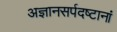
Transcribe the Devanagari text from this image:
अज्ञानसर्पदष्टानां